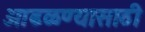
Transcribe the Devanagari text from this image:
आढळण्यासाठी